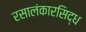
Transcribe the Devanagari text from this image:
रसालंकारसिद्ध